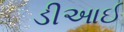
ડીઆઈ